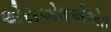
એસએલએએફ